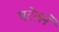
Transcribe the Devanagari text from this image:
पटेलने